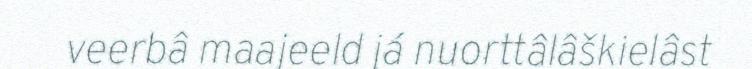
veerbâ maajeeld já nuorttâlâškielâst